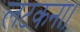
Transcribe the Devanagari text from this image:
लटकना।